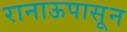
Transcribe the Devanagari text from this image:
रानाऊपासून